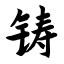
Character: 铸